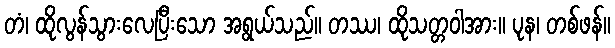
တံ၊ ထိုလွန်သွားလေပြီးသော အရွယ်သည်။ တဿ၊ ထိုသတ္တဝါအား။ ပုန၊ တစ်ဖန်။